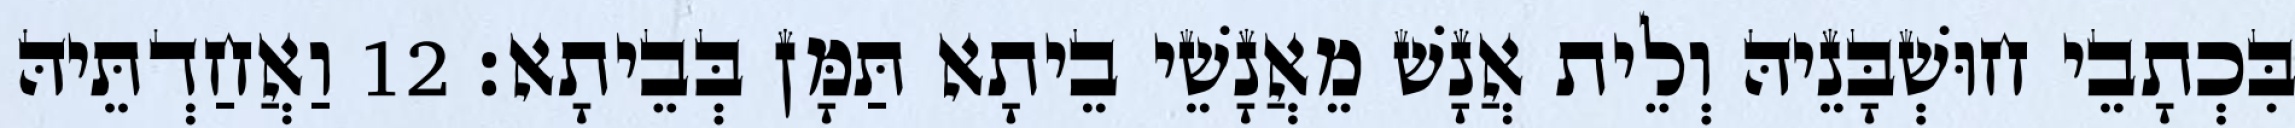
בִּכְתָבֵי חוּשְׁבָּנֵיהּ וְלֵית אֲנָשׁ מֵאֲנָשֵׁי בֵיתָא תַּמָּן בְּבֵיתָא׃ 12 וַאֲחַדְתֵּיהּ